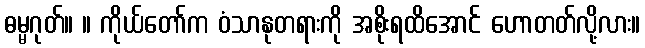
ဓမ္မဂုတ်။ ။ ကိုယ်တော်က ဝံသာနုတရားကို အစိုးရထိအောင် ဟောတတ်လို့လား။